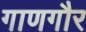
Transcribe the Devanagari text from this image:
गाणगौर